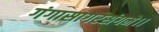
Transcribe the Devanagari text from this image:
गंगासागरसंगमे।।